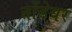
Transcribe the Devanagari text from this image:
तोंडेयर